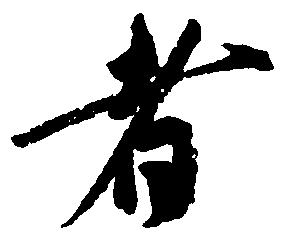
者